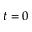
t = 0